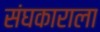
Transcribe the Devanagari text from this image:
संघकाराला